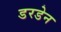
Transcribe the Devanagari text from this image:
डरडेन